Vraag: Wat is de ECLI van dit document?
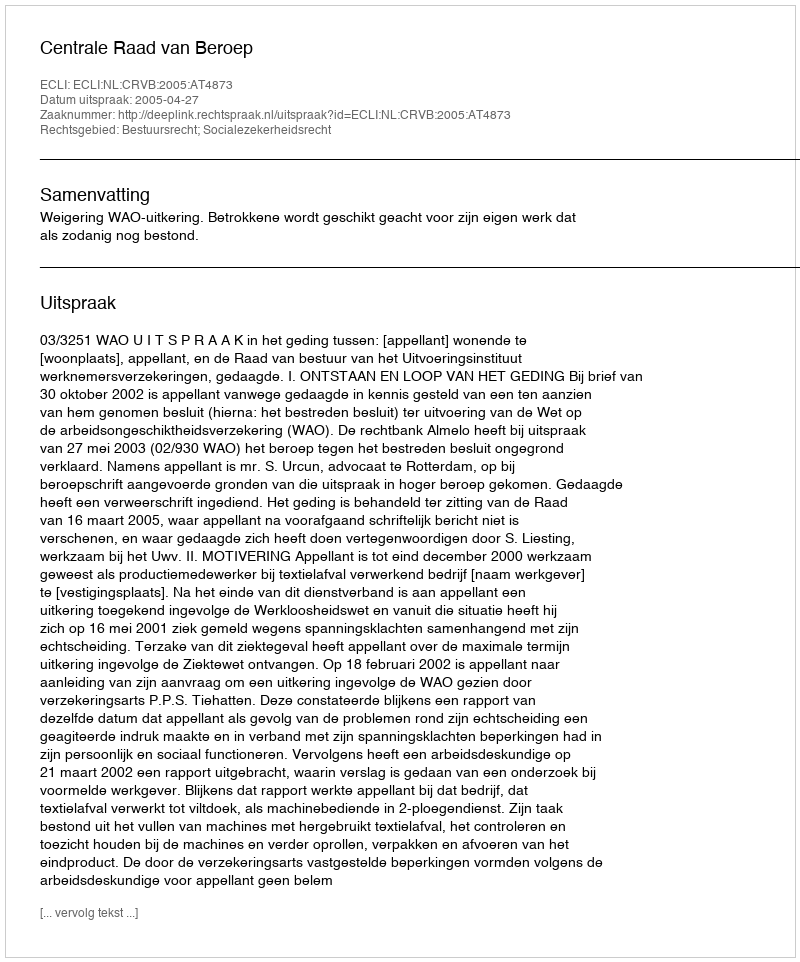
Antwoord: ECLI:NL:CRVB:2005:AT4873